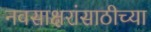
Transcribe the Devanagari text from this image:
नवसाक्षरांसाठीच्या